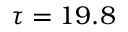
\tau = 1 9 . 8